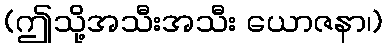
(ဤသို့အသီးအသီး ယောဇနာ၊)